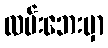
လမ်းဘေးမှာ